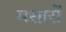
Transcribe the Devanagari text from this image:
मसारों